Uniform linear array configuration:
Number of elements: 8
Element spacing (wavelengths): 1
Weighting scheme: blackman
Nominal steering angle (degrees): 15
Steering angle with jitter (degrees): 15.347
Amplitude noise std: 0.05
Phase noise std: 0.05

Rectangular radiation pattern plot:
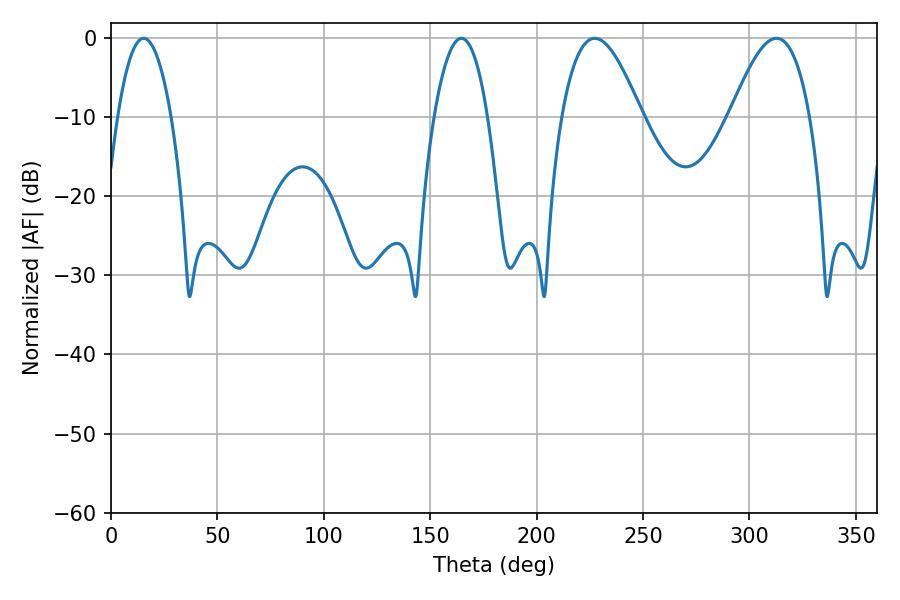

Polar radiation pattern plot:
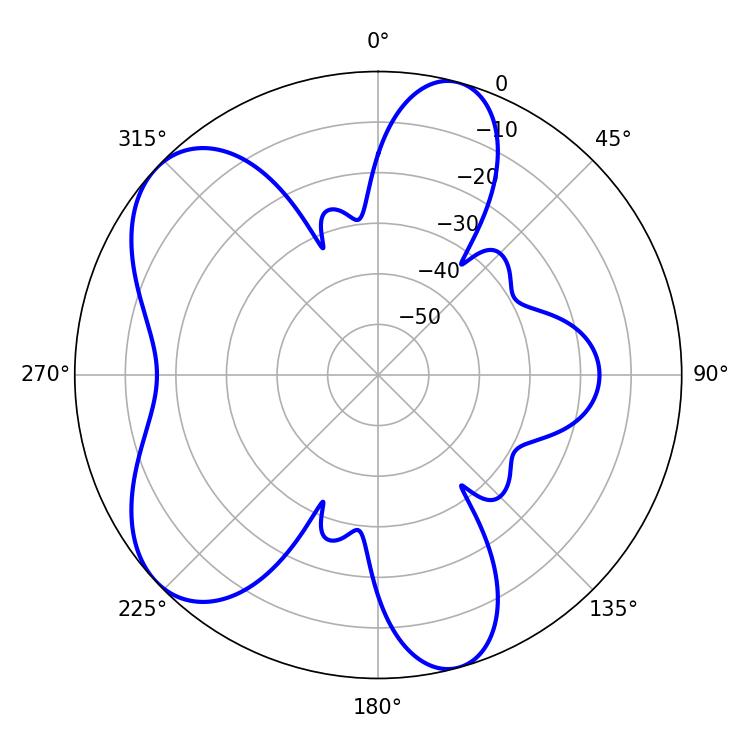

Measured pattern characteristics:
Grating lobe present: TRUE
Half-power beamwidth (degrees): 20.34
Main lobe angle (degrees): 227.34